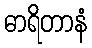
ဓာရိတာနံ